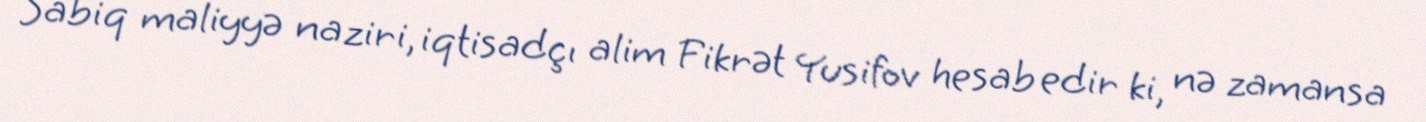
Sabiq maliyyə naziri, iqtisadçı alim Fikrət Yusifov hesab edir ki, nə zamansa